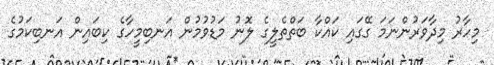
މިހާރު މިދާވަރުންނަމަ ގޭގައި ކައްކާ ބަތްތެލީގެ ލޮނު މަޑުވުމުން އަނބިމީހާގެ ކިބައިން އަނބިކަމުގެ